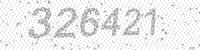
Solution: 326421